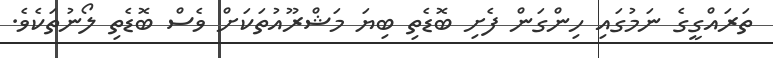
ތަރައްގީގެ ނަމުގައި ހިންގަން ފެށި ބޮޑެތި ބިޔަ މަޝްރޫޫއުތަކަށް ވެސް ބޮޑެތި ލޯނުތަކެވެ.